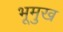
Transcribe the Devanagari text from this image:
भूमुख